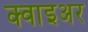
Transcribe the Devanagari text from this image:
क्वाइअर